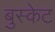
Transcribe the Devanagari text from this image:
बुस्केट